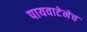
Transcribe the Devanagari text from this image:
पायवाटेनेच